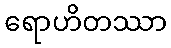
ရောဟိတဿာ